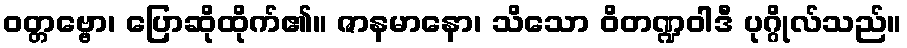
ဝတ္တဗ္ဗော၊ ပြောဆိုထိုက်၏။ ဇာနမာနော၊ သိသော ဝိတဏ္ဍဝါဒီ ပုဂ္ဂိုလ်သည်။